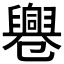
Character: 𠨨